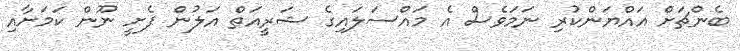
ބެންޗަށް އައްޔަންކުރި ނަމަވެސް އެ މައްސަލައިގެ ޝަރީއަތް އަލުން ފެށީ ނޫން ކަމަށާއި